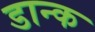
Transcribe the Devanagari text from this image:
डान्क